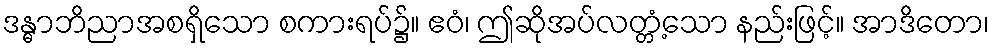
ဒန္ဓာဘိညာအစရှိသော စကားရပ်၌။ ဧဝံ၊ ဤဆိုအပ်လတ္တံ့သော နည်းဖြင့်။ အာဒိတော၊